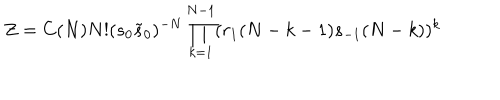
Z = C ( N ) N ! ( s _ { 0 } { \tilde { s } } _ { 0 } ) ^ { - N } \prod _ { k = 1 } ^ { N - 1 } ( r _ { 1 } ( N - k - 1 ) s _ { - 1 } ( N - k ) ) ^ { k }